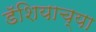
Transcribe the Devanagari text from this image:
डॅशियाच्या